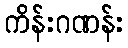
ကိန်းဂဏန်း